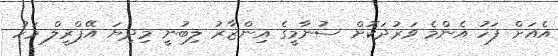
އެއަށް ފަހު އެންމެ ވަރުދަކޮށް ސުނާމީގެ އިންޒާރު ލިބުނީ މިދިޔަ އޭޕްރީލް މަހު